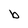
Character: b